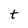
Character: t